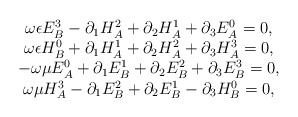
\begin{align*}\begin{array}{c}\omega \epsilon E_B^3-\partial _1H_A^2+\partial _2H_A^1+\partial _3E_A^0=0,\\\omega \epsilon H_B^0+\partial _1H_A^1+\partial _2H_A^2+\partial _3H_A^3=0,\\-\omega \mu E_A^0+\partial _1E_B^1+\partial _2E_B^2+\partial _3E_B^3=0, \\\omega \mu H_A^3-\partial _1E_B^2+\partial _2E_B^1-\partial _3H_B^0=0,\end{array}\end{align*}